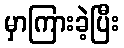
မှာကြားခဲ့ပြီး